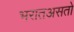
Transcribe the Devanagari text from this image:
भरातअसतो